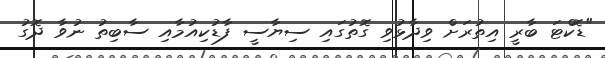
"ޑޮކްޓަ ބާރީ އިތުރަށް ވިދާޅުވި ގޮތުގައި ސިޔާސީ ފާޑުކިއުމާއި ސާބިތު ނުވާ ދޮގު